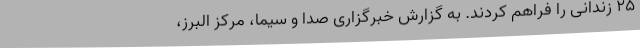
۲۵ زندانی را فراهم کردند. به گزارش خبرگزاری صدا و سیما، مرکز البرز،